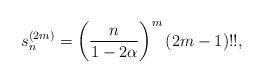
LaTeX: \begin{align*}s^{(2m)}_n =\left(\frac{ n}{1-2\alpha}\right)^m (2m-1)!!, \end{align*}